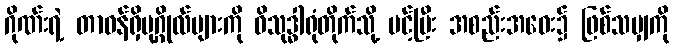
ဂိုဏ်းရဲ့ တာဝန်ရှိပုဂ္ဂိုလ်များကို ဝိသုဒ္ဓါရုံတိုက်သို့ ပင့်ပြီး အစည်းအဝေး၌ ဖြစ်သမျှကို